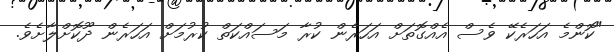
"ކޮންމެ އަހަރެކޭ ވެސް އެއްގޮތަށް އަހަރެން ކުރާ މަސައްކަތް ކުރުމަށް އަހަރެން ދޫކޮށްލާށެވެ.